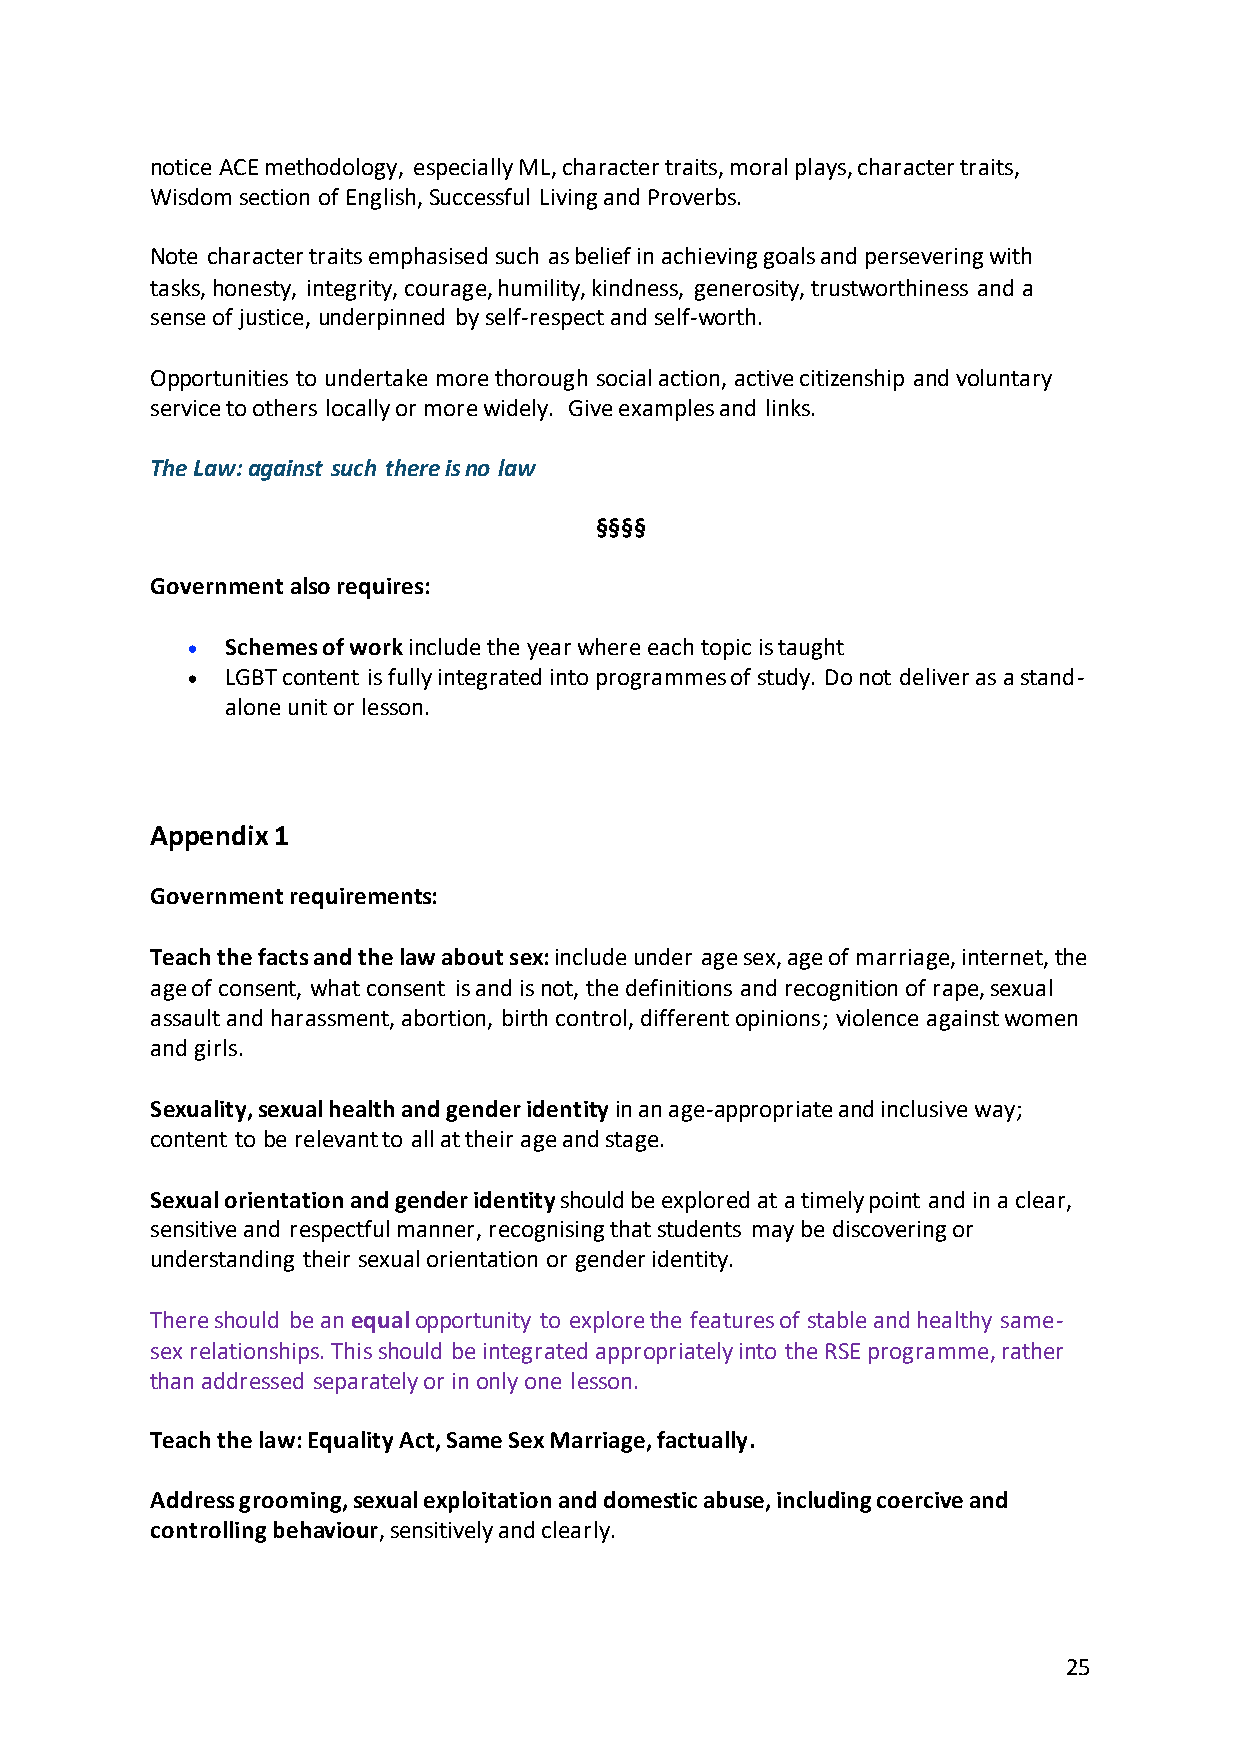
notice ACE methodology, especially ML, character traits, moral plays, character traits,
 Wisdom section of English, Successful Living and Proverbs.
 Note character traits emphasised such as belief in achieving goals and persevering with
 tasks, honesty, integrity, courage, humility, kindness, generosity, trustworthiness and a
 sense of justice, underpinned by self-respect and self-worth.
 Opportunities to undertake more thorough social action, active citizenship and voluntary
 service to others locally or more widely. Give examples and links.
 The Law: against such there is no law
 §§§§
 Government also requires:
 •  Schemes of work include the year where each topic is taught
 •  LGBT content is fully integrated into programmes of study. Do not deliver as a stand-
 alone unit or lesson.
 Appendix 1
 Government requirements:
 Teach the facts and the law about sex: include under age sex, age of marriage, internet, the
 age of consent, what consent is and is not, the definitions and recognition of rape, sexual
 assault and harassment, abortion, birth control, different opinions; violence against women
 and girls.
 Sexuality, sexual health and gender identity in an age-appropriate and inclusive way;
 content to be relevant to all at their age and stage.
 Sexual orientation and gender identity should be explored at a timely point and in a clear,
 sensitive and respectful manner, recognising that students may be discovering or
 understanding their sexual orientation or gender identity.
 There should be an equal opportunity to explore the features of stable and healthy same-
 sex relationships. This should be integrated appropriately into the RSE programme, rather
 than addressed separately or in only one lesson.
 Teach the law: Equality Act, Same Sex Marriage, factually.
 Address grooming, sexual exploitation and domestic abuse, including coercive and
 controlling behaviour, sensitively and clearly.
 25